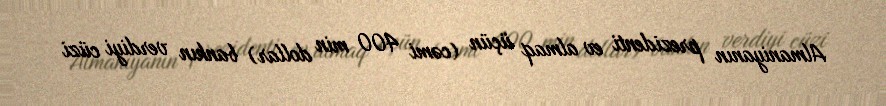
Almaniyanın prezidenti ev almaq üçün (cəmi 400 min dollar) bankın verdiyi cüzi